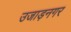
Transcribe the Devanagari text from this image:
उजाड़नगर